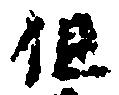
但